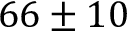
6 6 \pm 1 0